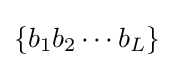
\left\{b_{1}b_{2}\cdots b_{L}\right\}